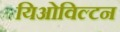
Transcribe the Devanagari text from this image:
यिओविल्टन